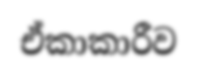
ඒකාකාරීව